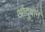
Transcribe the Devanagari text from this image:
औदुबोन